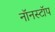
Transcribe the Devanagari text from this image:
नॉनस्‍टॉप